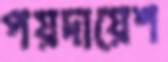
পয়দায়েশ